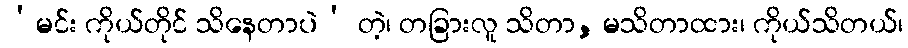
‘မင်း ကိုယ်တိုင် သိနေတာပဲ’ တဲ့၊ တခြားလူ သိတာ, မသိတာထား၊ ကိုယ်သိတယ်၊